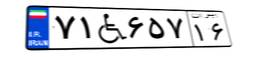
۷۱W۶۵۷۱۶